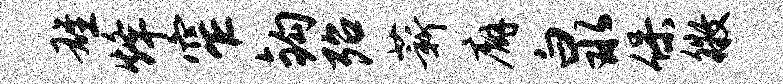
雄烽窄钩殆薪廨泉保徵